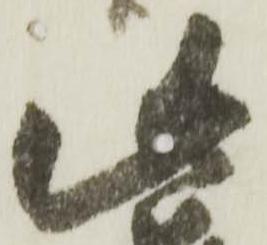
此